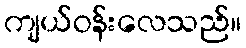
ကျယ်ဝန်းလေသည်။